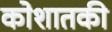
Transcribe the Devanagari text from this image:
कोशातकी